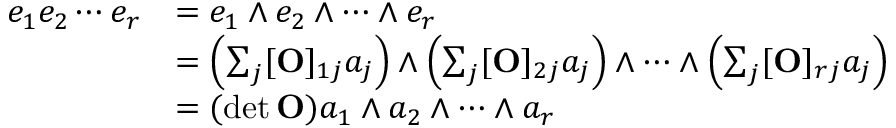
{ \begin{array} { r l } { e _ { 1 } e _ { 2 } \cdots e _ { r } } & { = e _ { 1 } \wedge e _ { 2 } \wedge \cdots \wedge e _ { r } } \\ & { = \left( \sum _ { j } [ \mathbf { O } ] _ { 1 j } a _ { j } \right) \wedge \left( \sum _ { j } [ \mathbf { O } ] _ { 2 j } a _ { j } \right) \wedge \cdots \wedge \left( \sum _ { j } [ \mathbf { O } ] _ { r j } a _ { j } \right) } \\ & { = ( \operatorname* { d e t } \mathbf { O } ) a _ { 1 } \wedge a _ { 2 } \wedge \cdots \wedge a _ { r } } \end{array} }